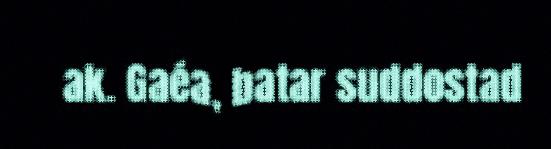
ak. Gaéa, batar suddostad